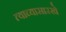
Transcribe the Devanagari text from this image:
त्याच्यासारखे